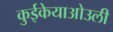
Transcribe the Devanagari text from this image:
कुईकेयाओउली